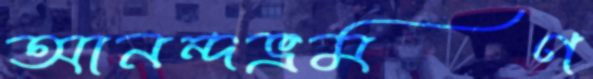
আনন্দভ্রমণ